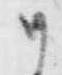
に